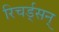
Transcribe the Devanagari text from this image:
रिचर्ड्‌सन्‌